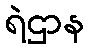
ရဲဌာန